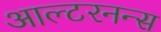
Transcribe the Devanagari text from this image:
आल्टरनन्स